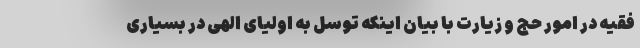
فقیه در امور حج و زیارت با بیان اینکه توسل به اولیای الهی در بسیاری